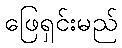
ဖြေရှင်းမည်